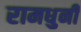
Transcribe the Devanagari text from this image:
रामधुनी